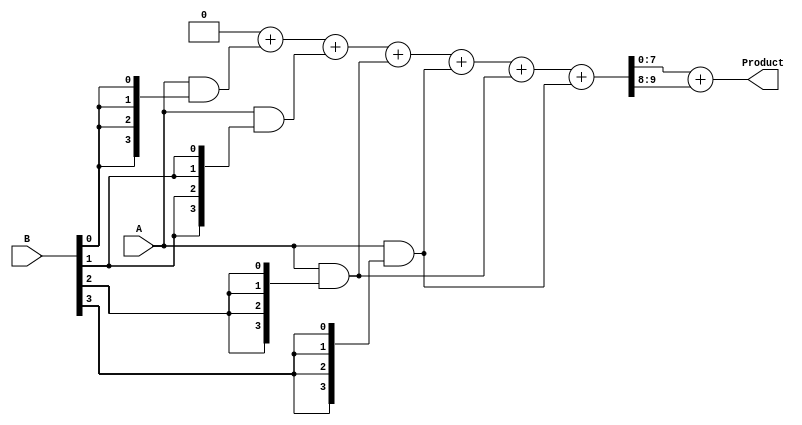
module wallace_tree_multiplier #(parameter A_WIDTH = 4, parameter B_WIDTH = 4)
(
    input [A_WIDTH-1:0] A, // First multiplicand
    input [B_WIDTH-1:0] B, // Second multiplicand
    output reg [A_WIDTH + B_WIDTH - 1:0] Product // Resulting product
);

// Generate Partial Products
wire [A_WIDTH-1:0] partial_products[B_WIDTH-1:0];

genvar i;
generate
    for (i = 0; i < B_WIDTH; i = i + 1) begin: pp_gen
        assign partial_products[i] = A & {A_WIDTH{B[i]}};
    end
endgenerate

// Carry-Save Adder tree
wire [A_WIDTH + B_WIDTH - 1:0] sum [0:1];
wire [A_WIDTH + B_WIDTH - 1:0] carry [0:1];

integer j;
always @(*) begin
    // Initialize the sum and carry outputs
    sum[0] = 0;
    carry[0] = 0;

    // Stage 1: Reduce the partial products using CSAs
    for (j = 0; j < B_WIDTH; j = j + 1) begin
        sum[0] = sum[0] + partial_products[j];
    end

    // Stage 2: Use CSAs to reduce further
    if (B_WIDTH > 1) begin
        for (j = 0; j < B_WIDTH - 1; j = j + 2) begin
            {carry[0], sum[1]} = sum[0] + partial_products[j] + partial_products[j + 1];
        end
        // If there's an odd number of partial products, add the last one
        if (B_WIDTH % 2 == 1) begin
            sum[1] = sum[1] + partial_products[B_WIDTH - 1];
        end
    end else begin
        sum[1] = sum[0];
    end

    // Final addition using a simple adder
    Product = sum[1] + carry[0];
end

endmodule